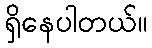
ရှိနေပါတယ်။